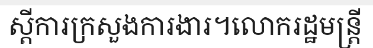
ស្តីការក្រសួងការងារ។លោករដ្ឋមន្ត្រី